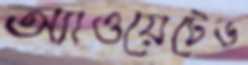
অ্যাওয়েটেড